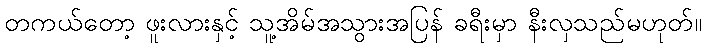
တကယ်တော့ ဖူးလားနှင့် သူ့အိမ်အသွားအပြန် ခရီးမှာ နီးလှသည်မဟုတ်။